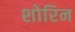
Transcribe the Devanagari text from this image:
शोरिन